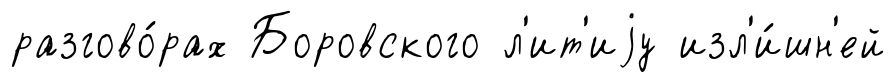
разгово́рах Боровского л'ит'иjу изл'и́шн'ей